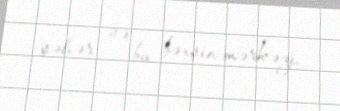
şəhər və bu bəxşin mərkəzi.